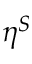
\eta ^ { S }